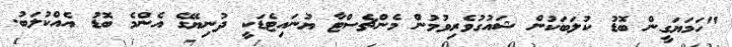
"ހަމަޔަގީން ބޮޑު ކުލަބަކުން ޝައުގުވެރިވުމުން މެންޗެސްޓާ ޔުނައިޓެޑަކީ ދުނިޔޭގެ އެންމެ ބޮޑު އެއްކުލަބު.